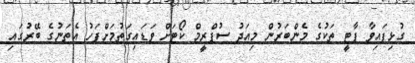
ގުޅިފައިވާ ޕާޓީ ތަކުގެ މެންބަރުން މިއަދު ސުޕްރީމް ކޯޓަށް ވަޑައިގަތުމަށްފަހު އެތަނުގެ ބޭރުގައި